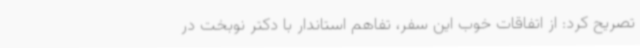
تصریح کرد: از اتفاقات خوب این سفر، تفاهم استاندار با دکتر نوبخت در